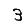
Digit: 3